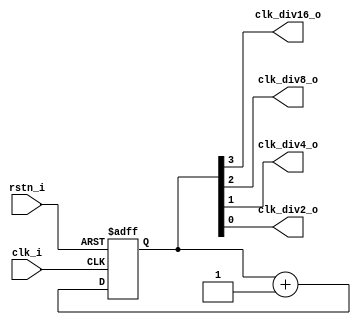

module prescaler
  (
   input  clk_i,
   input  rstn_i,
   output clk_div16_o,
   output clk_div8_o,
   output clk_div4_o,
   output clk_div2_o
   );

   reg [3:0] prescaler_cnt;

   always @(posedge clk_i or negedge rstn_i) begin
      if (~rstn_i) begin
         prescaler_cnt <= 'd0;
      end else begin
         prescaler_cnt <= prescaler_cnt + 1;
      end
   end

   assign clk_div16_o = prescaler_cnt[3];
   assign clk_div8_o = prescaler_cnt[2];
   assign clk_div4_o = prescaler_cnt[1];
   assign clk_div2_o = prescaler_cnt[0];
   
endmodule